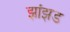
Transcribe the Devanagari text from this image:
झांझड